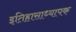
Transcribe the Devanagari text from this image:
इतिहासाध्यापक